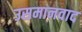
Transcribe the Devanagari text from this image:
उसमानवाद